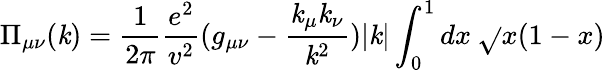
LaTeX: \Pi_{\mu\nu}(\mathit{k})=\frac{{1}}{{2\pi}}\frac{{e^{2}}}{{v^{2}}}(g_{\mu\nu}-\frac{{\mathit{k}_{\mu}\mathit{k}_{\nu}}}{{\mathit{k}^{2}}})|\mathit{k}|\int_{0}^{1}dx\: \sqrt{}{{x(1-x)}}